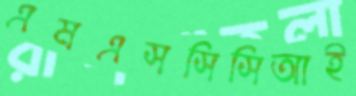
এমএসসিসিআই